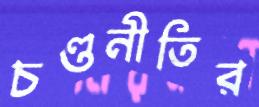
চণ্ডনীতির